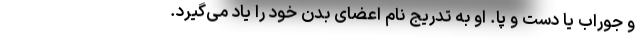
و جوراب یا دست و پا. او به تدریج نام اعضای بدن خود را یاد می‌گیرد.